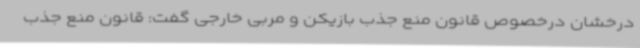
درخشان درخصوص قانون منع جذب بازیکن و مربی خارجی گفت: قانون منع جذب